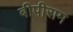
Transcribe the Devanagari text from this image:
बीपीराम